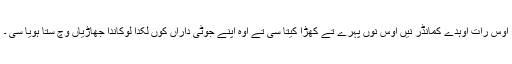
اوس رات اوہدے کمانڈر نیں اوس نوں پہرے تے کھڑا کیتا سی تے اوہ اپنے جوٹی داراں کوں لکدا لوکاندا جھاڑیاں وچ سُتا ہویا سی ۔